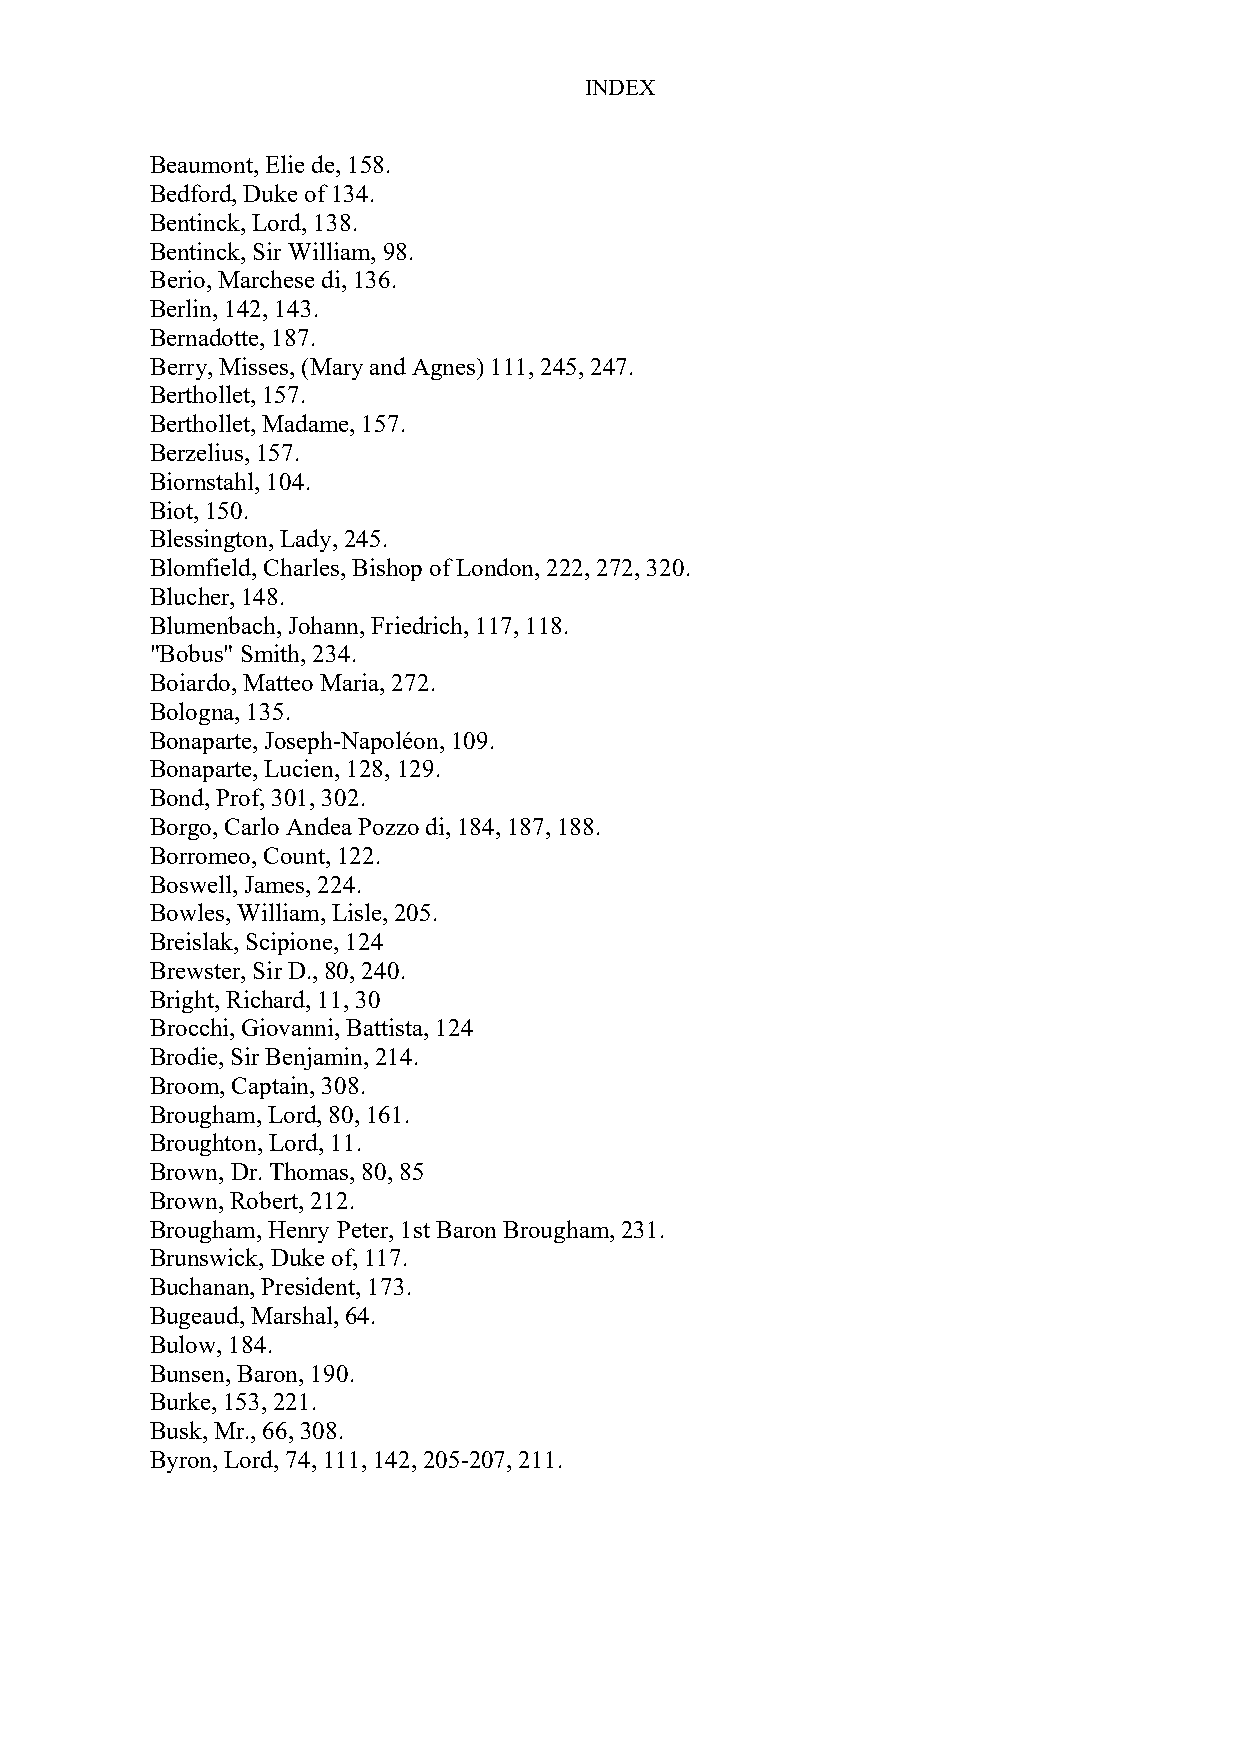
INDEX
 Beaumont, Elie de, 158.
 Bedford, Duke of 134.
 Bentinck, Lord, 138.
 Bentinck, Sir William, 98.
 Berio, Marchese di, 136.
 Berlin, 142, 143.
 Bernadotte, 187.
 Berry, Misses, (Mary and Agnes) 111, 245, 247.
 Berthollet, 157.
 Berthollet, Madame, 157.
 Berzelius, 157.
 Biornstahl, 104.
 Biot, 150.
 Blessington, Lady, 245.
 Blomfield, Charles, Bishop of London, 222, 272, 320.
 Blucher, 148.
 Blumenbach, Johann, Friedrich, 117, 118.
 "Bobus" Smith, 234.
 Boiardo, Matteo Maria, 272.
 Bologna, 135.
 Bonaparte, Joseph-Napoléon, 109.
 Bonaparte, Lucien, 128, 129.
 Bond, Prof, 301, 302.
 Borgo, Carlo Andea Pozzo di, 184, 187, 188.
 Borromeo, Count, 122.
 Boswell, James, 224.
 Bowles, William, Lisle, 205.
 Breislak, Scipione, 124
 Brewster, Sir D., 80, 240.
 Bright, Richard, 11, 30
 Brocchi, Giovanni, Battista, 124
 Brodie, Sir Benjamin, 214.
 Broom, Captain, 308.
 Brougham, Lord, 80, 161.
 Broughton, Lord, 11.
 Brown, Dr. Thomas, 80, 85
 Brown, Robert, 212.
 Brougham, Henry Peter, 1st Baron Brougham, 231.
 Brunswick, Duke of, 117.
 Buchanan, President, 173.
 Bugeaud, Marshal, 64.
 Bulow, 184.
 Bunsen, Baron, 190.
 Burke, 153, 221.
 Busk, Mr., 66, 308.
 Byron, Lord, 74, 111, 142, 205-207, 211.